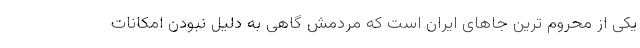
یکی از محروم ترین جاهای ایران است که مردمش گاهی به دلیل نبودن امکانات